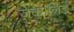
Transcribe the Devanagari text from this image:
जकानिडे